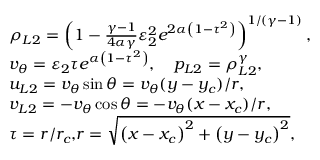
\begin{array} { r l } & { \rho _ { L 2 } = \left( 1 - \frac { \gamma - 1 } { 4 \alpha \gamma } \varepsilon _ { 2 } ^ { 2 } e ^ { 2 \alpha \left( 1 - \tau ^ { 2 } \right) } \right) ^ { 1 / ( \gamma - 1 ) } , } \\ & { v _ { \theta } = \varepsilon _ { 2 } \tau e ^ { \alpha \left( 1 - \tau ^ { 2 } \right) } , \quad p _ { L 2 } = \rho _ { L 2 } ^ { \gamma } , } \\ & { u _ { L 2 } = v _ { \theta } \sin \theta = v _ { \theta } ( y - y _ { c } ) / r , } \\ & { v _ { L 2 } = - v _ { \theta } \cos \theta = - v _ { \theta } ( x - x _ { c } ) / r , } \\ & { \tau = r / r _ { c } \mathrm { , } r = \sqrt { \left( x - x _ { c } \right) ^ { 2 } + \left( y - y _ { c } \right) ^ { 2 } } , } \end{array}